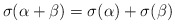
\begin{align*}\sigma(\alpha+\beta)=\sigma(\alpha)+\sigma(\beta)\end{align*}